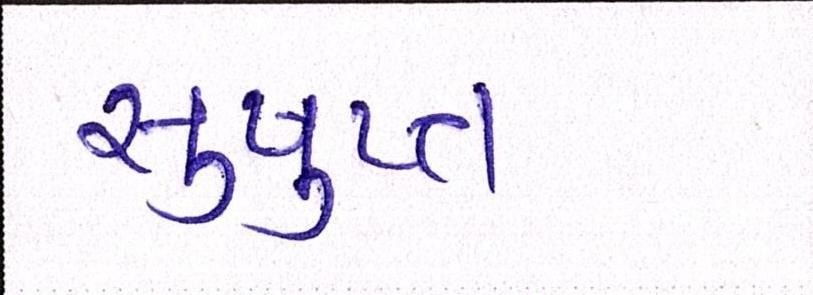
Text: સુષુપ્ત